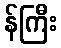
န်ကြီး